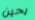
يحين